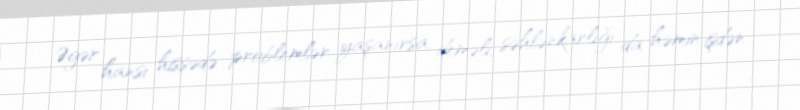
Əgər hansı hissədə problemlər yaşanırsa, deməli, səhlənkarlığı da həmin işdən